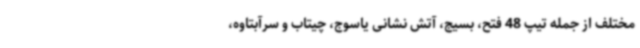
مختلف از جمله تیپ 48 فتح، بسیج، آتش نشانی یاسوج، چیتاب و سرآبتاوه،